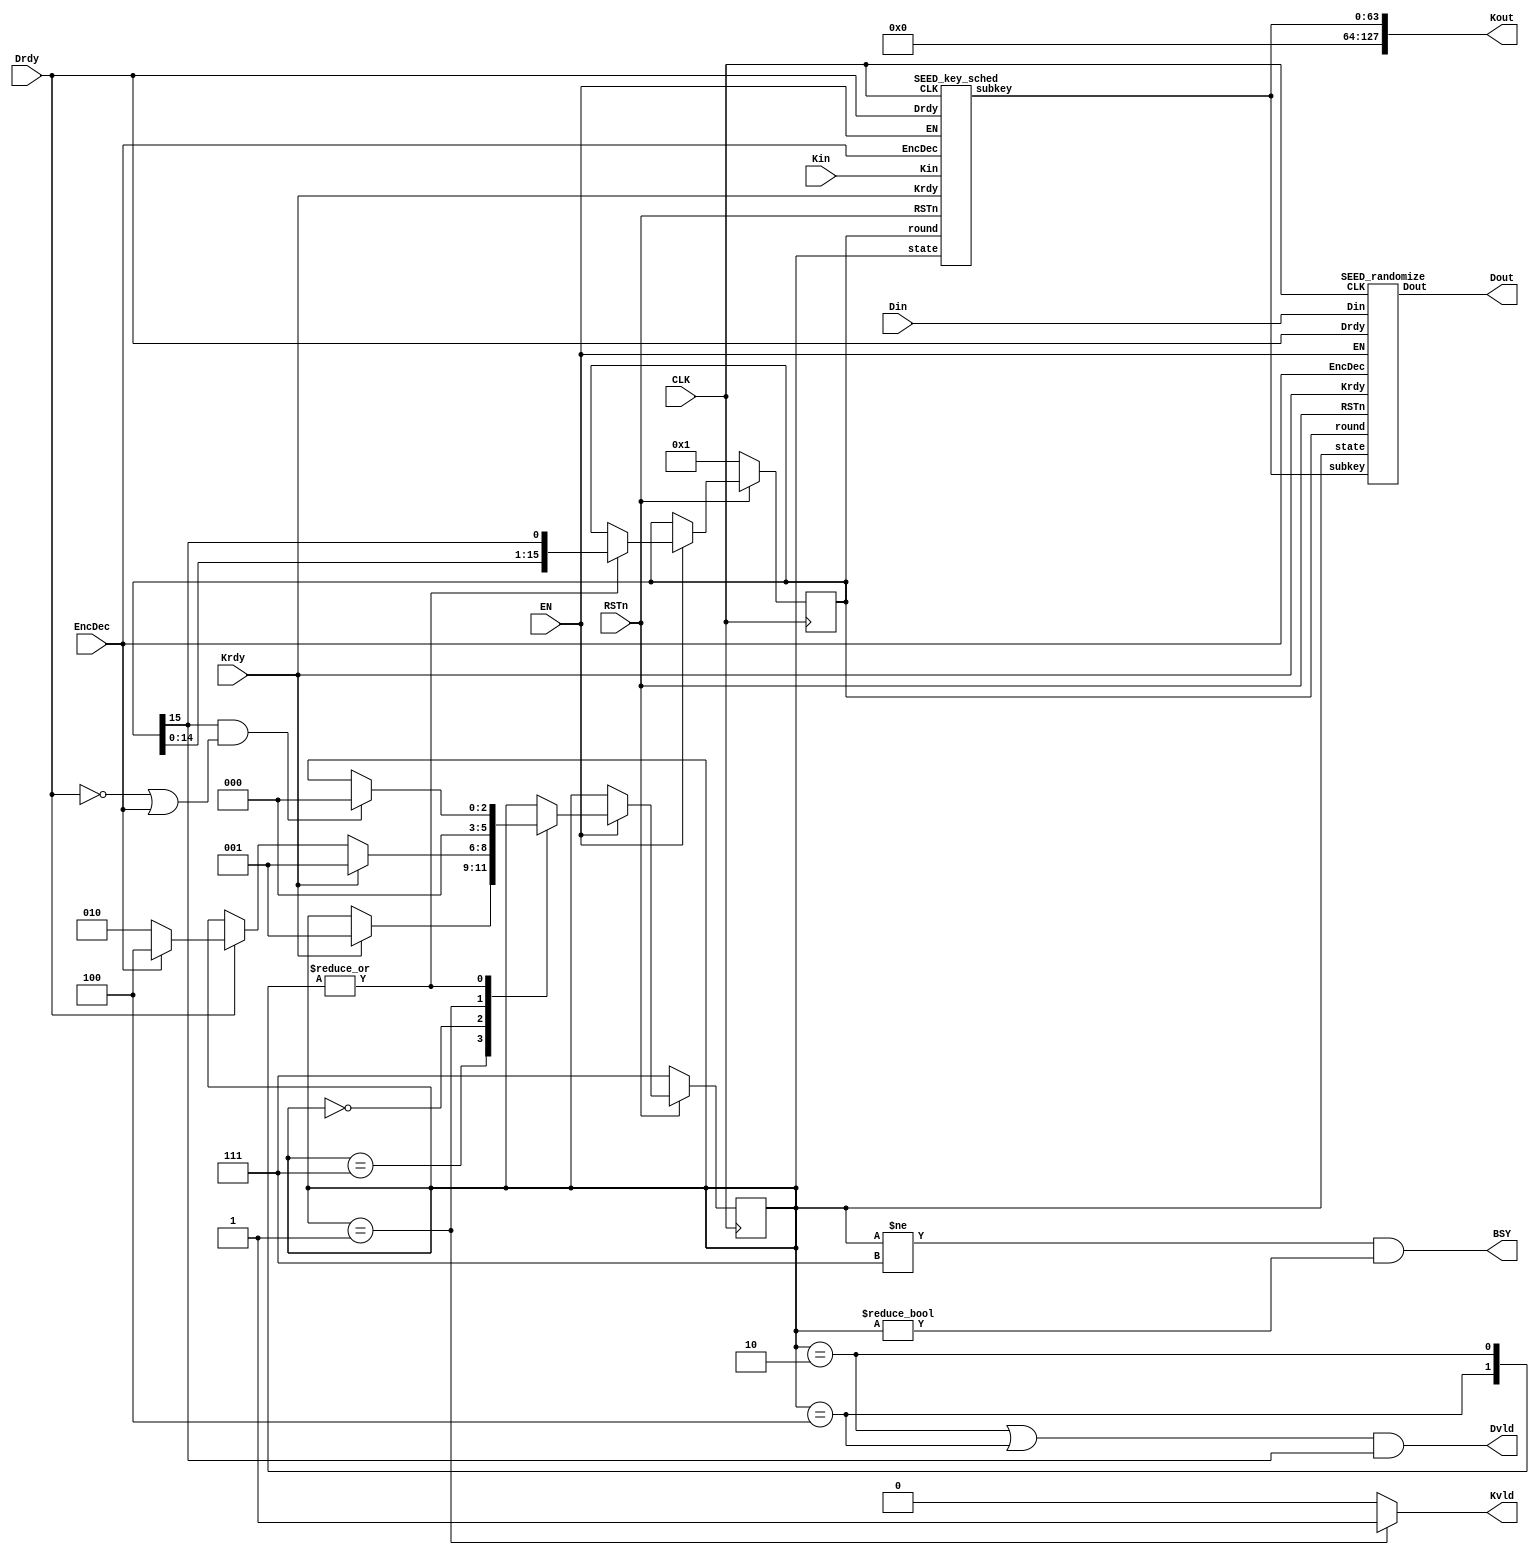
/*-------------------------------------------------------------------------
 SEED Encryption/Decryption Macro
 One round / One clock version, ASIC version
 
 File name   : SEED_1clk.v
 Version     : Version 1.0
 Created     : MAR/08/2007
 Last update : SEP/25/2007
 Desgined by : Takeshi Sugawara
 
 
 Copyright (C) 2007 AIST and Tohoku Univ.
 
 By using this code, you agree to the following terms and conditions.
 
 This code is copyrighted by AIST and Tohoku University ("us").
 
 Permission is hereby granted to copy, reproduce, redistribute or
 otherwise use this code as long as: there is no monetary profit gained
 specifically from the use or reproduction of this code, it is not sold,
 rented, traded or otherwise marketed, and this copyright notice is
 included prominently in any copy made.
 
 We shall not be liable for any damages, including without limitation
 direct, indirect, incidental, special or consequential damages arising
 from the use of this code.
 
 When you publish any results arising from the use of this code, we will
 appreciate it if you can cite as following.
 @misc{tohoku-crypto-ip,
  author={Tohoku University ECSIS laboratory},
  title={Cryptographic IP cores},
  howpublished = {https://github.com/ECSIS-lab/IP_cores}
 }
 -------------------------------------------------------------------------*/ 


module SEED( Kin, Kout, Din, Dout, Krdy, Drdy, EncDec, RSTn, EN, CLK, BSY, Kvld, Dvld );
  input CLK, RSTn, EN;
  input Drdy, Krdy, EncDec;
  input [127:0] Din, Kin;
  output [127:0] Kout;
  output [127:0] Dout;
  output 	 Dvld, Kvld, BSY;

  // State assign
  parameter ST_INITIAL   = 3'b111;
  parameter ST_IDLE      = 3'b000;
  parameter ST_KEY_SCHED = 3'b001;
  parameter ST_ENCRYPT   = 3'b010;
  parameter ST_DECRYPT   = 3'b100;

  parameter Enc = 1'b0;
  parameter Dec = 1'b1;

  reg [2:0] 	state_reg;
  reg [15:0] 	round_reg;

  wire [63:0] 	subkey;
  assign Kout = {64'h0000000000000000, subkey};

  assign Kvld = (state_reg == ST_KEY_SCHED) ? 1:0;
  assign Dvld = ( ( (state_reg == ST_ENCRYPT) || (state_reg == ST_DECRYPT) )
		  && round_reg[15] == 1'b1 );
  assign BSY = ( (state_reg != ST_INITIAL) && (state_reg != ST_IDLE) );
  
  SEED_key_sched SEED_key_sched( .subkey	(subkey[63:0]),
				 .CLK	(CLK),
				 .EN      (EN),
				 .RSTn	(RSTn),
				 .Krdy	(Krdy),
				 .Drdy	(Drdy),
				 .EncDec	(EncDec),
				 .Kin	(Kin[127:0]),
				 .state	(state_reg[2:0]),
				 .round	(round_reg[15:0]));

  SEED_randomize SEED_randomize( // Outputs
				 .Dout	(Dout[127:0]),
				 // Inputs
				 .CLK	(CLK),
				 .EN      (EN),
				 .RSTn	(RSTn),
				 .Krdy	(Krdy),
				 .Drdy	(Drdy),
				 .EncDec	(EncDec),
				 .Din	(Din[127:0]),
				 .state	(state_reg[2:0]),
				 .round	(round_reg[15:0]),
				 .subkey	(subkey[63:0]) );
  
  always @(posedge CLK) begin
    if(RSTn == 1'b0) begin
      state_reg <= ST_INITIAL;
      round_reg <= 16'b0000_0000_0000_0001;
    end
    else if(EN == 1'b1) begin
      case(state_reg)
	ST_INITIAL: if(Krdy == 1'b1) state_reg <= ST_KEY_SCHED;
	ST_IDLE: begin
	  if(Krdy == 1'b1) state_reg <= ST_KEY_SCHED;
	  else if(Drdy == 1'b1)
	    if(EncDec == Enc) state_reg <= ST_ENCRYPT;
	    else                   state_reg <= ST_DECRYPT;
	end
	ST_KEY_SCHED: state_reg <= ST_IDLE;
	ST_ENCRYPT, ST_DECRYPT: begin
	  if( (round_reg[15] == 1'b1) && (Drdy != 1'b1 || EncDec == Dec) )
	    state_reg <= ST_IDLE;
	  round_reg <= { round_reg[14:0], round_reg[15] };
	end
      endcase // case(state_reg)
    end
  end
endmodule // SEED


module SEED_randomize( Din, Dout, Krdy, Drdy, EncDec, RSTn, EN, CLK, state, round, subkey );
  input CLK, RSTn, EN;
  input Krdy, Drdy, EncDec;
  input [127:0] Din;
  input [2:0] 	state;
  input [15:0] 	round;

  input [63:0] subkey;

  output [127:0] Dout;

  // State assign
  parameter ST_INITIAL   = 3'b111;
  parameter ST_IDLE      = 3'b000;
  parameter ST_KEY_SCHED = 3'b001;
  parameter ST_ENCRYPT   = 3'b010;
  parameter ST_DECRYPT   = 3'b100;

  parameter Enc = 1'b0;
  parameter Dec = 1'b1;

  reg [127:0] 	 data_reg;

  wire [31:0] 	 G1_in, G1_out;
  wire [31:0] 	 G2_in, G2_out;
  wire [31:0] 	 G3_in, G3_out;
  SEED_function_g G1( .g_in(G1_in), .g_out(G1_out) );
  SEED_function_g G2( .g_in(G2_in), .g_out(G2_out) );
  SEED_function_g G3( .g_in(G3_in), .g_out(G3_out) );  

  wire [63:0] 	 subkey_added;
  wire [63:0] 	 f_func_out;  
  wire [127:0] 	 data_next;
  assign 	 subkey_added = data_reg[63:0] ^ subkey;
  assign 	 G1_in = subkey_added[31:0] ^ subkey_added[63:32];
  assign 	 G2_in = G1_out + subkey_added[63:32];
  assign 	 G3_in = G1_out + G2_out;
  assign 	 f_func_out = {G2_out + G3_out, G3_out};
  assign 	 data_next = {data_reg[63:0], data_reg[127:64] ^ f_func_out};
  assign 	 Dout = {data_next[63:0], data_next[127:64]};
  
  always @(posedge CLK) begin
    if(RSTn == 1'b0) begin
      data_reg <= 128'h0000_0000_0000_0000_0000_0000_0000_0000;
    end
    else if(EN == 1'b1) begin
      case(state)
	ST_IDLE: if(Drdy == 1'b1) data_reg <= Din;
	ST_ENCRYPT, ST_DECRYPT:
	  if( (round[15]==1'b1) && (Drdy == 1'b1) )
	    data_reg <= Din;
	  else
	    data_reg <= data_next;
      endcase // case(state)
    end
  end
    
endmodule // SEED_randomize

module SEED_key_sched( Kin, Krdy, Drdy, EncDec, RSTn, CLK, EN, state, round, subkey );
  input CLK, RSTn, EN;
  input Krdy, Drdy, EncDec;
  input [127:0] Kin;
  input [2:0] 	state;
  input [15:0] 	round;

  output [63:0] subkey;

  // State assign
  parameter ST_INITIAL   = 3'b111;
  parameter ST_IDLE      = 3'b000;
  parameter ST_KEY_SCHED = 3'b001;
  parameter ST_ENCRYPT   = 3'b010;
  parameter ST_DECRYPT   = 3'b100;

  parameter Enc = 1'b0;
  parameter Dec = 1'b1;

  // Constant values for key-scheduling
  parameter KC0  = 32'h9E3779B9;
  parameter KC1  = 32'h3C6EF373;
  parameter KC2  = 32'h78DDE6E6;
  parameter KC3  = 32'hF1BBCDCC;
  parameter KC4  = 32'hE3779B99;
  parameter KC5  = 32'hC6EF3733;
  parameter KC6  = 32'h8DDE6E67;
  parameter KC7  = 32'h1BBCDCCF;
  parameter KC8  = 32'h3779B99E;
  parameter KC9  = 32'h6EF3733C;
  parameter KC10 = 32'hDDE6E678;
  parameter KC11 = 32'hBBCDCCF1;
  parameter KC12 = 32'h779B99E3;
  parameter KC13 = 32'hEF3733C6;
  parameter KC14 = 32'hDE6E678D;
  parameter KC15 = 32'hBCDCCF1B;

  reg [127:0] 	key_reg;
  reg [63:0] 	subkey_reg;

  assign 	subkey = subkey_reg;

  wire [31:0] G1_in, G1_out;
  wire [31:0] G2_in, G2_out;
  wire [31:0] kc_selector_out;
  SEED_function_g G1( .g_in(G1_in), .g_out(G1_out) );
  SEED_function_g G2( .g_in(G2_in), .g_out(G2_out) );  

  assign      kc_selector_out = kc_selector(round, state, EncDec);
  assign      G1_in = (key_reg[127:96] + key_reg[ 63: 32]) - kc_selector_out;
  assign      G2_in = (key_reg[ 95:64] - key_reg[ 31:  0]) + kc_selector_out;
  
  always @(posedge CLK) begin
    if(RSTn == 1'b0) begin
      key_reg <= 128'h0000_0000_0000_0000_0000_0000_0000_0000;
    end
    else if(EN == 1'b1) begin
      case(state)
	ST_INITIAL, ST_IDLE:
	  if(Krdy == 1'b1) 
	    if(EncDec == Enc) key_reg <= Kin;
	    else key_reg <= {Kin[127:64], Kin[7:0], Kin[63:8]};
	  else if(Drdy == 1'b1)
	    if(EncDec == Enc)
	      key_reg[127:64] <= {key_reg[ 71:64], key_reg[127: 72]};
	    else
	      key_reg[127:64] <= {key_reg[119:64], key_reg[127:120]};

	ST_ENCRYPT:
	  if(round[0] | round[2]  | round[4] | round[6] |
	     round[8] | round[10] | round[12] | round[14])
	    key_reg[ 63: 0] <= {key_reg[55: 0], key_reg[ 63:56]};
	  else if(round[15]==1'b1 && Drdy==1'b0)
	    ; 
	  else
	    key_reg[127:64] <= {key_reg[71:64], key_reg[127:72]};
	
	ST_DECRYPT:
	  if(round[0] | round[2]  | round[4] | round[6] |
	     round[8] | round[10] | round[12] | round[14])
	    key_reg[ 63: 0] <= {key_reg[  7: 0], key_reg[ 63:  8]};
	  else if(round[15]==1'b1 && Drdy==1'b0)
	    ;
	  else
	    key_reg[127:64] <= {key_reg[119:64], key_reg[127:120]};	      
      endcase // case(state)    
    end
  end

  always @(posedge CLK) begin
    if(RSTn == 1'b0)
      subkey_reg <= 64'h0000_0000_0000_0000;
    else if(EN == 1'b1)
      subkey_reg <= {G1_out, G2_out};
  end
    
  // A selector to select the constant value KC*
  // Note that the round number and the index of the
  // constant value is shifted by one.
  function [31:0] kc_selector;
    input [15:0] round;
    input [2:0]  state;
    input 	EncDec;

    if( (state == ST_ENCRYPT) || (state == ST_DECRYPT) )
      case(round)
	16'b0000000000000001: kc_selector = (EncDec==Enc) ? KC1  : KC14;
	16'b0000000000000010: kc_selector = (EncDec==Enc) ? KC2  : KC13;
	16'b0000000000000100: kc_selector = (EncDec==Enc) ? KC3  : KC12;
	16'b0000000000001000: kc_selector = (EncDec==Enc) ? KC4  : KC11;
	16'b0000000000010000: kc_selector = (EncDec==Enc) ? KC5  : KC10;
	16'b0000000000100000: kc_selector = (EncDec==Enc) ? KC6  :  KC9;
	16'b0000000001000000: kc_selector = (EncDec==Enc) ? KC7  :  KC8;
	16'b0000000010000000: kc_selector = (EncDec==Enc) ? KC8  :  KC7;
	16'b0000000100000000: kc_selector = (EncDec==Enc) ? KC9  :  KC6;
	16'b0000001000000000: kc_selector = (EncDec==Enc) ? KC10 :  KC5;
	16'b0000010000000000: kc_selector = (EncDec==Enc) ? KC11 :  KC4;
	16'b0000100000000000: kc_selector = (EncDec==Enc) ? KC12 :  KC3;
	16'b0001000000000000: kc_selector = (EncDec==Enc) ? KC13 :  KC2;
	16'b0010000000000000: kc_selector = (EncDec==Enc) ? KC14 :  KC1;
	16'b0100000000000000: kc_selector = (EncDec==Enc) ? KC15 :  KC0;
	default:              kc_selector = (EncDec==Enc) ? KC0  : KC15;
      endcase // case(round)
    else
      kc_selector = (EncDec==Enc) ? KC0  : KC15;
  endfunction // kc_selector
     
endmodule // SEED_key_sched


/*=========================================================*/
/* G-function                                              */
/*=========================================================*/
module SEED_function_g( g_out, g_in );
  // Constant values
  parameter m3 = 8'h3f;   parameter m2 = 8'hcf;
  parameter m1 = 8'hf3;   parameter m0 = 8'hfc;
   
  input [31:0] g_in;
  output [31:0] g_out;

  wire [7:0] 	 sbox_a_out, sbox_b_out, sbox_c_out,sbox_d_out;

  // Divide the input/output into 8-bit chunks.
  wire [7:0] 	 x3, x2, x1, x0;
  wire [7:0] 	 z3, z2, z1, z0;

  assign 	 x3 = g_in[31:24];
  assign 	 x2 = g_in[23:16];
  assign 	 x1 = g_in[15: 8];
  assign 	 x0 = g_in[ 7: 0];
  
  SEED_sbox2 sbox_a (.in(x3), .out(sbox_a_out));
  SEED_sbox1 sbox_b (.in(x2), .out(sbox_b_out));
  SEED_sbox2 sbox_c (.in(x1), .out(sbox_c_out));
  SEED_sbox1 sbox_d (.in(x0), .out(sbox_d_out));

  assign 	 z3 = (sbox_a_out & m2) ^ (sbox_b_out & m1) ^ (sbox_c_out & m0) ^ (sbox_d_out & m3);
  assign 	 z2 = (sbox_a_out & m1) ^ (sbox_b_out & m0) ^ (sbox_c_out & m3) ^ (sbox_d_out & m2);
  assign 	 z1 = (sbox_a_out & m0) ^ (sbox_b_out & m3) ^ (sbox_c_out & m2) ^ (sbox_d_out & m1);
  assign 	 z0 = (sbox_a_out & m3) ^ (sbox_b_out & m2) ^ (sbox_c_out & m1) ^ (sbox_d_out & m0);
  assign 	 g_out = {z3, z2, z1, z0};
endmodule // SEED_function_g


/*=========================================================*/
/* SBOX1                                                   */
/*=========================================================*/
module SEED_sbox1(in, out);
   input [7:0] in;
   output [7:0] out;
   reg [7:0] 	out;
   always @(in)
      case(in)
	8'h00: out = 8'ha9;     8'h01: out = 8'h85;     8'h02: out = 8'hd6;     8'h03: out = 8'hd3;    
	8'h04: out = 8'h54;     8'h05: out = 8'h1d;     8'h06: out = 8'hac;     8'h07: out = 8'h25;    
	8'h08: out = 8'h5d;     8'h09: out = 8'h43;     8'h0a: out = 8'h18;     8'h0b: out = 8'h1e;    
	8'h0c: out = 8'h51;     8'h0d: out = 8'hfc;     8'h0e: out = 8'hca;     8'h0f: out = 8'h63;    
	8'h10: out = 8'h28;     8'h11: out = 8'h44;     8'h12: out = 8'h20;     8'h13: out = 8'h9d;    
	8'h14: out = 8'he0;     8'h15: out = 8'he2;     8'h16: out = 8'hc8;     8'h17: out = 8'h17;    
	8'h18: out = 8'ha5;     8'h19: out = 8'h8f;     8'h1a: out = 8'h03;     8'h1b: out = 8'h7b;    
	8'h1c: out = 8'hbb;     8'h1d: out = 8'h13;     8'h1e: out = 8'hd2;     8'h1f: out = 8'hee;    
	8'h20: out = 8'h70;     8'h21: out = 8'h8c;     8'h22: out = 8'h3f;     8'h23: out = 8'ha8;    
	8'h24: out = 8'h32;     8'h25: out = 8'hdd;     8'h26: out = 8'hf6;     8'h27: out = 8'h74;    
	8'h28: out = 8'hec;     8'h29: out = 8'h95;     8'h2a: out = 8'h0b;     8'h2b: out = 8'h57;    
	8'h2c: out = 8'h5c;     8'h2d: out = 8'h5b;     8'h2e: out = 8'hbd;     8'h2f: out = 8'h01;    
	8'h30: out = 8'h24;     8'h31: out = 8'h1c;     8'h32: out = 8'h73;     8'h33: out = 8'h98;    
	8'h34: out = 8'h10;     8'h35: out = 8'hcc;     8'h36: out = 8'hf2;     8'h37: out = 8'hd9;    
	8'h38: out = 8'h2c;     8'h39: out = 8'he7;     8'h3a: out = 8'h72;     8'h3b: out = 8'h83;    
	8'h3c: out = 8'h9b;     8'h3d: out = 8'hd1;     8'h3e: out = 8'h86;     8'h3f: out = 8'hc9;    
	8'h40: out = 8'h60;     8'h41: out = 8'h50;     8'h42: out = 8'ha3;     8'h43: out = 8'heb;    
	8'h44: out = 8'h0d;     8'h45: out = 8'hb6;     8'h46: out = 8'h9e;     8'h47: out = 8'h4f;    
	8'h48: out = 8'hb7;     8'h49: out = 8'h5a;     8'h4a: out = 8'hc6;     8'h4b: out = 8'h78;    
	8'h4c: out = 8'ha6;     8'h4d: out = 8'h12;     8'h4e: out = 8'haf;     8'h4f: out = 8'hd5;    
	8'h50: out = 8'h61;     8'h51: out = 8'hc3;     8'h52: out = 8'hb4;     8'h53: out = 8'h41;    
	8'h54: out = 8'h52;     8'h55: out = 8'h7d;     8'h56: out = 8'h8d;     8'h57: out = 8'h08;    
	8'h58: out = 8'h1f;     8'h59: out = 8'h99;     8'h5a: out = 8'h00;     8'h5b: out = 8'h19;    
	8'h5c: out = 8'h04;     8'h5d: out = 8'h53;     8'h5e: out = 8'hf7;     8'h5f: out = 8'he1;    
	8'h60: out = 8'hfd;     8'h61: out = 8'h76;     8'h62: out = 8'h2f;     8'h63: out = 8'h27;    
	8'h64: out = 8'hb0;     8'h65: out = 8'h8b;     8'h66: out = 8'h0e;     8'h67: out = 8'hab;    
	8'h68: out = 8'ha2;     8'h69: out = 8'h6e;     8'h6a: out = 8'h93;     8'h6b: out = 8'h4d;    
	8'h6c: out = 8'h69;     8'h6d: out = 8'h7c;     8'h6e: out = 8'h09;     8'h6f: out = 8'h0a;    
	8'h70: out = 8'hbf;     8'h71: out = 8'hef;     8'h72: out = 8'hf3;     8'h73: out = 8'hc5;    
	8'h74: out = 8'h87;     8'h75: out = 8'h14;     8'h76: out = 8'hfe;     8'h77: out = 8'h64;    
	8'h78: out = 8'hde;     8'h79: out = 8'h2e;     8'h7a: out = 8'h4b;     8'h7b: out = 8'h1a;    
	8'h7c: out = 8'h06;     8'h7d: out = 8'h21;     8'h7e: out = 8'h6b;     8'h7f: out = 8'h66;    
	8'h80: out = 8'h02;     8'h81: out = 8'hf5;     8'h82: out = 8'h92;     8'h83: out = 8'h8a;    
	8'h84: out = 8'h0c;     8'h85: out = 8'hb3;     8'h86: out = 8'h7e;     8'h87: out = 8'hd0;    
	8'h88: out = 8'h7a;     8'h89: out = 8'h47;     8'h8a: out = 8'h96;     8'h8b: out = 8'he5;    
	8'h8c: out = 8'h26;     8'h8d: out = 8'h80;     8'h8e: out = 8'had;     8'h8f: out = 8'hdf;    
	8'h90: out = 8'ha1;     8'h91: out = 8'h30;     8'h92: out = 8'h37;     8'h93: out = 8'hae;    
	8'h94: out = 8'h36;     8'h95: out = 8'h15;     8'h96: out = 8'h22;     8'h97: out = 8'h38;    
	8'h98: out = 8'hf4;     8'h99: out = 8'ha7;     8'h9a: out = 8'h45;     8'h9b: out = 8'h4c;    
	8'h9c: out = 8'h81;     8'h9d: out = 8'he9;     8'h9e: out = 8'h84;     8'h9f: out = 8'h97;    
	8'ha0: out = 8'h35;     8'ha1: out = 8'hcb;     8'ha2: out = 8'hce;     8'ha3: out = 8'h3c;    
	8'ha4: out = 8'h71;     8'ha5: out = 8'h11;     8'ha6: out = 8'hc7;     8'ha7: out = 8'h89;    
	8'ha8: out = 8'h75;     8'ha9: out = 8'hfb;     8'haa: out = 8'hda;     8'hab: out = 8'hf8;    
	8'hac: out = 8'h94;     8'had: out = 8'h59;     8'hae: out = 8'h82;     8'haf: out = 8'hc4;    
	8'hb0: out = 8'hff;     8'hb1: out = 8'h49;     8'hb2: out = 8'h39;     8'hb3: out = 8'h67;    
	8'hb4: out = 8'hc0;     8'hb5: out = 8'hcf;     8'hb6: out = 8'hd7;     8'hb7: out = 8'hb8;    
	8'hb8: out = 8'h0f;     8'hb9: out = 8'h8e;     8'hba: out = 8'h42;     8'hbb: out = 8'h23;    
	8'hbc: out = 8'h91;     8'hbd: out = 8'h6c;     8'hbe: out = 8'hdb;     8'hbf: out = 8'ha4;    
	8'hc0: out = 8'h34;     8'hc1: out = 8'hf1;     8'hc2: out = 8'h48;     8'hc3: out = 8'hc2;    
	8'hc4: out = 8'h6f;     8'hc5: out = 8'h3d;     8'hc6: out = 8'h2d;     8'hc7: out = 8'h40;    
	8'hc8: out = 8'hbe;     8'hc9: out = 8'h3e;     8'hca: out = 8'hbc;     8'hcb: out = 8'hc1;    
	8'hcc: out = 8'haa;     8'hcd: out = 8'hba;     8'hce: out = 8'h4e;     8'hcf: out = 8'h55;    
	8'hd0: out = 8'h3b;     8'hd1: out = 8'hdc;     8'hd2: out = 8'h68;     8'hd3: out = 8'h7f;    
	8'hd4: out = 8'h9c;     8'hd5: out = 8'hd8;     8'hd6: out = 8'h4a;     8'hd7: out = 8'h56;    
	8'hd8: out = 8'h77;     8'hd9: out = 8'ha0;     8'hda: out = 8'hed;     8'hdb: out = 8'h46;    
	8'hdc: out = 8'hb5;     8'hdd: out = 8'h2b;     8'hde: out = 8'h65;     8'hdf: out = 8'hfa;    
	8'he0: out = 8'he3;     8'he1: out = 8'hb9;     8'he2: out = 8'hb1;     8'he3: out = 8'h9f;    
	8'he4: out = 8'h5e;     8'he5: out = 8'hf9;     8'he6: out = 8'he6;     8'he7: out = 8'hb2;    
	8'he8: out = 8'h31;     8'he9: out = 8'hea;     8'hea: out = 8'h6d;     8'heb: out = 8'h5f;    
	8'hec: out = 8'he4;     8'hed: out = 8'hf0;     8'hee: out = 8'hcd;     8'hef: out = 8'h88;    
	8'hf0: out = 8'h16;     8'hf1: out = 8'h3a;     8'hf2: out = 8'h58;     8'hf3: out = 8'hd4;    
	8'hf4: out = 8'h62;     8'hf5: out = 8'h29;     8'hf6: out = 8'h07;     8'hf7: out = 8'h33;    
	8'hf8: out = 8'he8;     8'hf9: out = 8'h1b;     8'hfa: out = 8'h05;     8'hfb: out = 8'h79;    
	8'hfc: out = 8'h90;     8'hfd: out = 8'h6a;     8'hfe: out = 8'h2a;     default: out = 8'h9a;    
      endcase // case(in)
endmodule // SEED_sbox1


/*=========================================================*/
/* SBOX2                                                   */
/*=========================================================*/
module SEED_sbox2(in, out);
   input [7:0] in;
   output [7:0] out;
   reg [7:0] 	out;
   always @(in)
      case(in)
	8'h00: out = 8'h38;     8'h01: out = 8'he8;     8'h02: out = 8'h2d;     8'h03: out = 8'ha6;    
	8'h04: out = 8'hcf;     8'h05: out = 8'hde;     8'h06: out = 8'hb3;     8'h07: out = 8'hb8;    
	8'h08: out = 8'haf;     8'h09: out = 8'h60;     8'h0a: out = 8'h55;     8'h0b: out = 8'hc7;    
	8'h0c: out = 8'h44;     8'h0d: out = 8'h6f;     8'h0e: out = 8'h6b;     8'h0f: out = 8'h5b;    
	8'h10: out = 8'hc3;     8'h11: out = 8'h62;     8'h12: out = 8'h33;     8'h13: out = 8'hb5;    
	8'h14: out = 8'h29;     8'h15: out = 8'ha0;     8'h16: out = 8'he2;     8'h17: out = 8'ha7;    
	8'h18: out = 8'hd3;     8'h19: out = 8'h91;     8'h1a: out = 8'h11;     8'h1b: out = 8'h06;    
	8'h1c: out = 8'h1c;     8'h1d: out = 8'hbc;     8'h1e: out = 8'h36;     8'h1f: out = 8'h4b;    
	8'h20: out = 8'hef;     8'h21: out = 8'h88;     8'h22: out = 8'h6c;     8'h23: out = 8'ha8;    
	8'h24: out = 8'h17;     8'h25: out = 8'hc4;     8'h26: out = 8'h16;     8'h27: out = 8'hf4;    
	8'h28: out = 8'hc2;     8'h29: out = 8'h45;     8'h2a: out = 8'he1;     8'h2b: out = 8'hd6;    
	8'h2c: out = 8'h3f;     8'h2d: out = 8'h3d;     8'h2e: out = 8'h8e;     8'h2f: out = 8'h98;    
	8'h30: out = 8'h28;     8'h31: out = 8'h4e;     8'h32: out = 8'hf6;     8'h33: out = 8'h3e;    
	8'h34: out = 8'ha5;     8'h35: out = 8'hf9;     8'h36: out = 8'h0d;     8'h37: out = 8'hdf;    
	8'h38: out = 8'hd8;     8'h39: out = 8'h2b;     8'h3a: out = 8'h66;     8'h3b: out = 8'h7a;    
	8'h3c: out = 8'h27;     8'h3d: out = 8'h2f;     8'h3e: out = 8'hf1;     8'h3f: out = 8'h72;    
	8'h40: out = 8'h42;     8'h41: out = 8'hd4;     8'h42: out = 8'h41;     8'h43: out = 8'hc0;    
	8'h44: out = 8'h73;     8'h45: out = 8'h67;     8'h46: out = 8'hac;     8'h47: out = 8'h8b;    
	8'h48: out = 8'hf7;     8'h49: out = 8'had;     8'h4a: out = 8'h80;     8'h4b: out = 8'h1f;    
	8'h4c: out = 8'hca;     8'h4d: out = 8'h2c;     8'h4e: out = 8'haa;     8'h4f: out = 8'h34;    
	8'h50: out = 8'hd2;     8'h51: out = 8'h0b;     8'h52: out = 8'hee;     8'h53: out = 8'he9;    
	8'h54: out = 8'h5d;     8'h55: out = 8'h94;     8'h56: out = 8'h18;     8'h57: out = 8'hf8;    
	8'h58: out = 8'h57;     8'h59: out = 8'hae;     8'h5a: out = 8'h08;     8'h5b: out = 8'hc5;    
	8'h5c: out = 8'h13;     8'h5d: out = 8'hcd;     8'h5e: out = 8'h86;     8'h5f: out = 8'hb9;    
	8'h60: out = 8'hff;     8'h61: out = 8'h7d;     8'h62: out = 8'hc1;     8'h63: out = 8'h31;    
	8'h64: out = 8'hf5;     8'h65: out = 8'h8a;     8'h66: out = 8'h6a;     8'h67: out = 8'hb1;    
	8'h68: out = 8'hd1;     8'h69: out = 8'h20;     8'h6a: out = 8'hd7;     8'h6b: out = 8'h02;    
	8'h6c: out = 8'h22;     8'h6d: out = 8'h04;     8'h6e: out = 8'h68;     8'h6f: out = 8'h71;    
	8'h70: out = 8'h07;     8'h71: out = 8'hdb;     8'h72: out = 8'h9d;     8'h73: out = 8'h99;    
	8'h74: out = 8'h61;     8'h75: out = 8'hbe;     8'h76: out = 8'he6;     8'h77: out = 8'h59;    
	8'h78: out = 8'hdd;     8'h79: out = 8'h51;     8'h7a: out = 8'h90;     8'h7b: out = 8'hdc;    
	8'h7c: out = 8'h9a;     8'h7d: out = 8'ha3;     8'h7e: out = 8'hab;     8'h7f: out = 8'hd0;    
	8'h80: out = 8'h81;     8'h81: out = 8'h0f;     8'h82: out = 8'h47;     8'h83: out = 8'h1a;    
	8'h84: out = 8'he3;     8'h85: out = 8'hec;     8'h86: out = 8'h8d;     8'h87: out = 8'hbf;    
	8'h88: out = 8'h96;     8'h89: out = 8'h7b;     8'h8a: out = 8'h5c;     8'h8b: out = 8'ha2;    
	8'h8c: out = 8'ha1;     8'h8d: out = 8'h63;     8'h8e: out = 8'h23;     8'h8f: out = 8'h4d;    
	8'h90: out = 8'hc8;     8'h91: out = 8'h9e;     8'h92: out = 8'h9c;     8'h93: out = 8'h3a;    
	8'h94: out = 8'h0c;     8'h95: out = 8'h2e;     8'h96: out = 8'hba;     8'h97: out = 8'h6e;    
	8'h98: out = 8'h9f;     8'h99: out = 8'h5a;     8'h9a: out = 8'hf2;     8'h9b: out = 8'h92;    
	8'h9c: out = 8'hf3;     8'h9d: out = 8'h49;     8'h9e: out = 8'h78;     8'h9f: out = 8'hcc;    
	8'ha0: out = 8'h15;     8'ha1: out = 8'hfb;     8'ha2: out = 8'h70;     8'ha3: out = 8'h75;    
	8'ha4: out = 8'h7f;     8'ha5: out = 8'h35;     8'ha6: out = 8'h10;     8'ha7: out = 8'h03;    
	8'ha8: out = 8'h64;     8'ha9: out = 8'h6d;     8'haa: out = 8'hc6;     8'hab: out = 8'h74;    
	8'hac: out = 8'hd5;     8'had: out = 8'hb4;     8'hae: out = 8'hea;     8'haf: out = 8'h09;    
	8'hb0: out = 8'h76;     8'hb1: out = 8'h19;     8'hb2: out = 8'hfe;     8'hb3: out = 8'h40;    
	8'hb4: out = 8'h12;     8'hb5: out = 8'he0;     8'hb6: out = 8'hbd;     8'hb7: out = 8'h05;    
	8'hb8: out = 8'hfa;     8'hb9: out = 8'h01;     8'hba: out = 8'hf0;     8'hbb: out = 8'h2a;    
	8'hbc: out = 8'h5e;     8'hbd: out = 8'ha9;     8'hbe: out = 8'h56;     8'hbf: out = 8'h43;    
	8'hc0: out = 8'h85;     8'hc1: out = 8'h14;     8'hc2: out = 8'h89;     8'hc3: out = 8'h9b;    
	8'hc4: out = 8'hb0;     8'hc5: out = 8'he5;     8'hc6: out = 8'h48;     8'hc7: out = 8'h79;    
	8'hc8: out = 8'h97;     8'hc9: out = 8'hfc;     8'hca: out = 8'h1e;     8'hcb: out = 8'h82;    
	8'hcc: out = 8'h21;     8'hcd: out = 8'h8c;     8'hce: out = 8'h1b;     8'hcf: out = 8'h5f;    
	8'hd0: out = 8'h77;     8'hd1: out = 8'h54;     8'hd2: out = 8'hb2;     8'hd3: out = 8'h1d;    
	8'hd4: out = 8'h25;     8'hd5: out = 8'h4f;     8'hd6: out = 8'h00;     8'hd7: out = 8'h46;    
	8'hd8: out = 8'hed;     8'hd9: out = 8'h58;     8'hda: out = 8'h52;     8'hdb: out = 8'heb;    
	8'hdc: out = 8'h7e;     8'hdd: out = 8'hda;     8'hde: out = 8'hc9;     8'hdf: out = 8'hfd;    
	8'he0: out = 8'h30;     8'he1: out = 8'h95;     8'he2: out = 8'h65;     8'he3: out = 8'h3c;    
	8'he4: out = 8'hb6;     8'he5: out = 8'he4;     8'he6: out = 8'hbb;     8'he7: out = 8'h7c;    
	8'he8: out = 8'h0e;     8'he9: out = 8'h50;     8'hea: out = 8'h39;     8'heb: out = 8'h26;    
	8'hec: out = 8'h32;     8'hed: out = 8'h84;     8'hee: out = 8'h69;     8'hef: out = 8'h93;    
	8'hf0: out = 8'h37;     8'hf1: out = 8'he7;     8'hf2: out = 8'h24;     8'hf3: out = 8'ha4;    
	8'hf4: out = 8'hcb;     8'hf5: out = 8'h53;     8'hf6: out = 8'h0a;     8'hf7: out = 8'h87;    
	8'hf8: out = 8'hd9;     8'hf9: out = 8'h4c;     8'hfa: out = 8'h83;     8'hfb: out = 8'h8f;    
	8'hfc: out = 8'hce;     8'hfd: out = 8'h3b;     8'hfe: out = 8'h4a;     default: out = 8'hb7;    
      endcase // case(in)
endmodule // SEED_sbox2